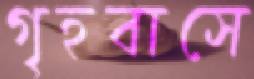
গৃহবাসে